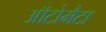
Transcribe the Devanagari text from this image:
ऑटोमैटा